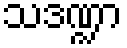
သဒဏ္ဍာ